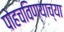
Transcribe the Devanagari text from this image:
पोहचविण्याच्या